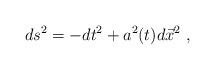
LaTeX: \begin{align*}ds^2 = -dt ^2 + a^2(t) d {\vec x}^2 \ ,\end{align*}